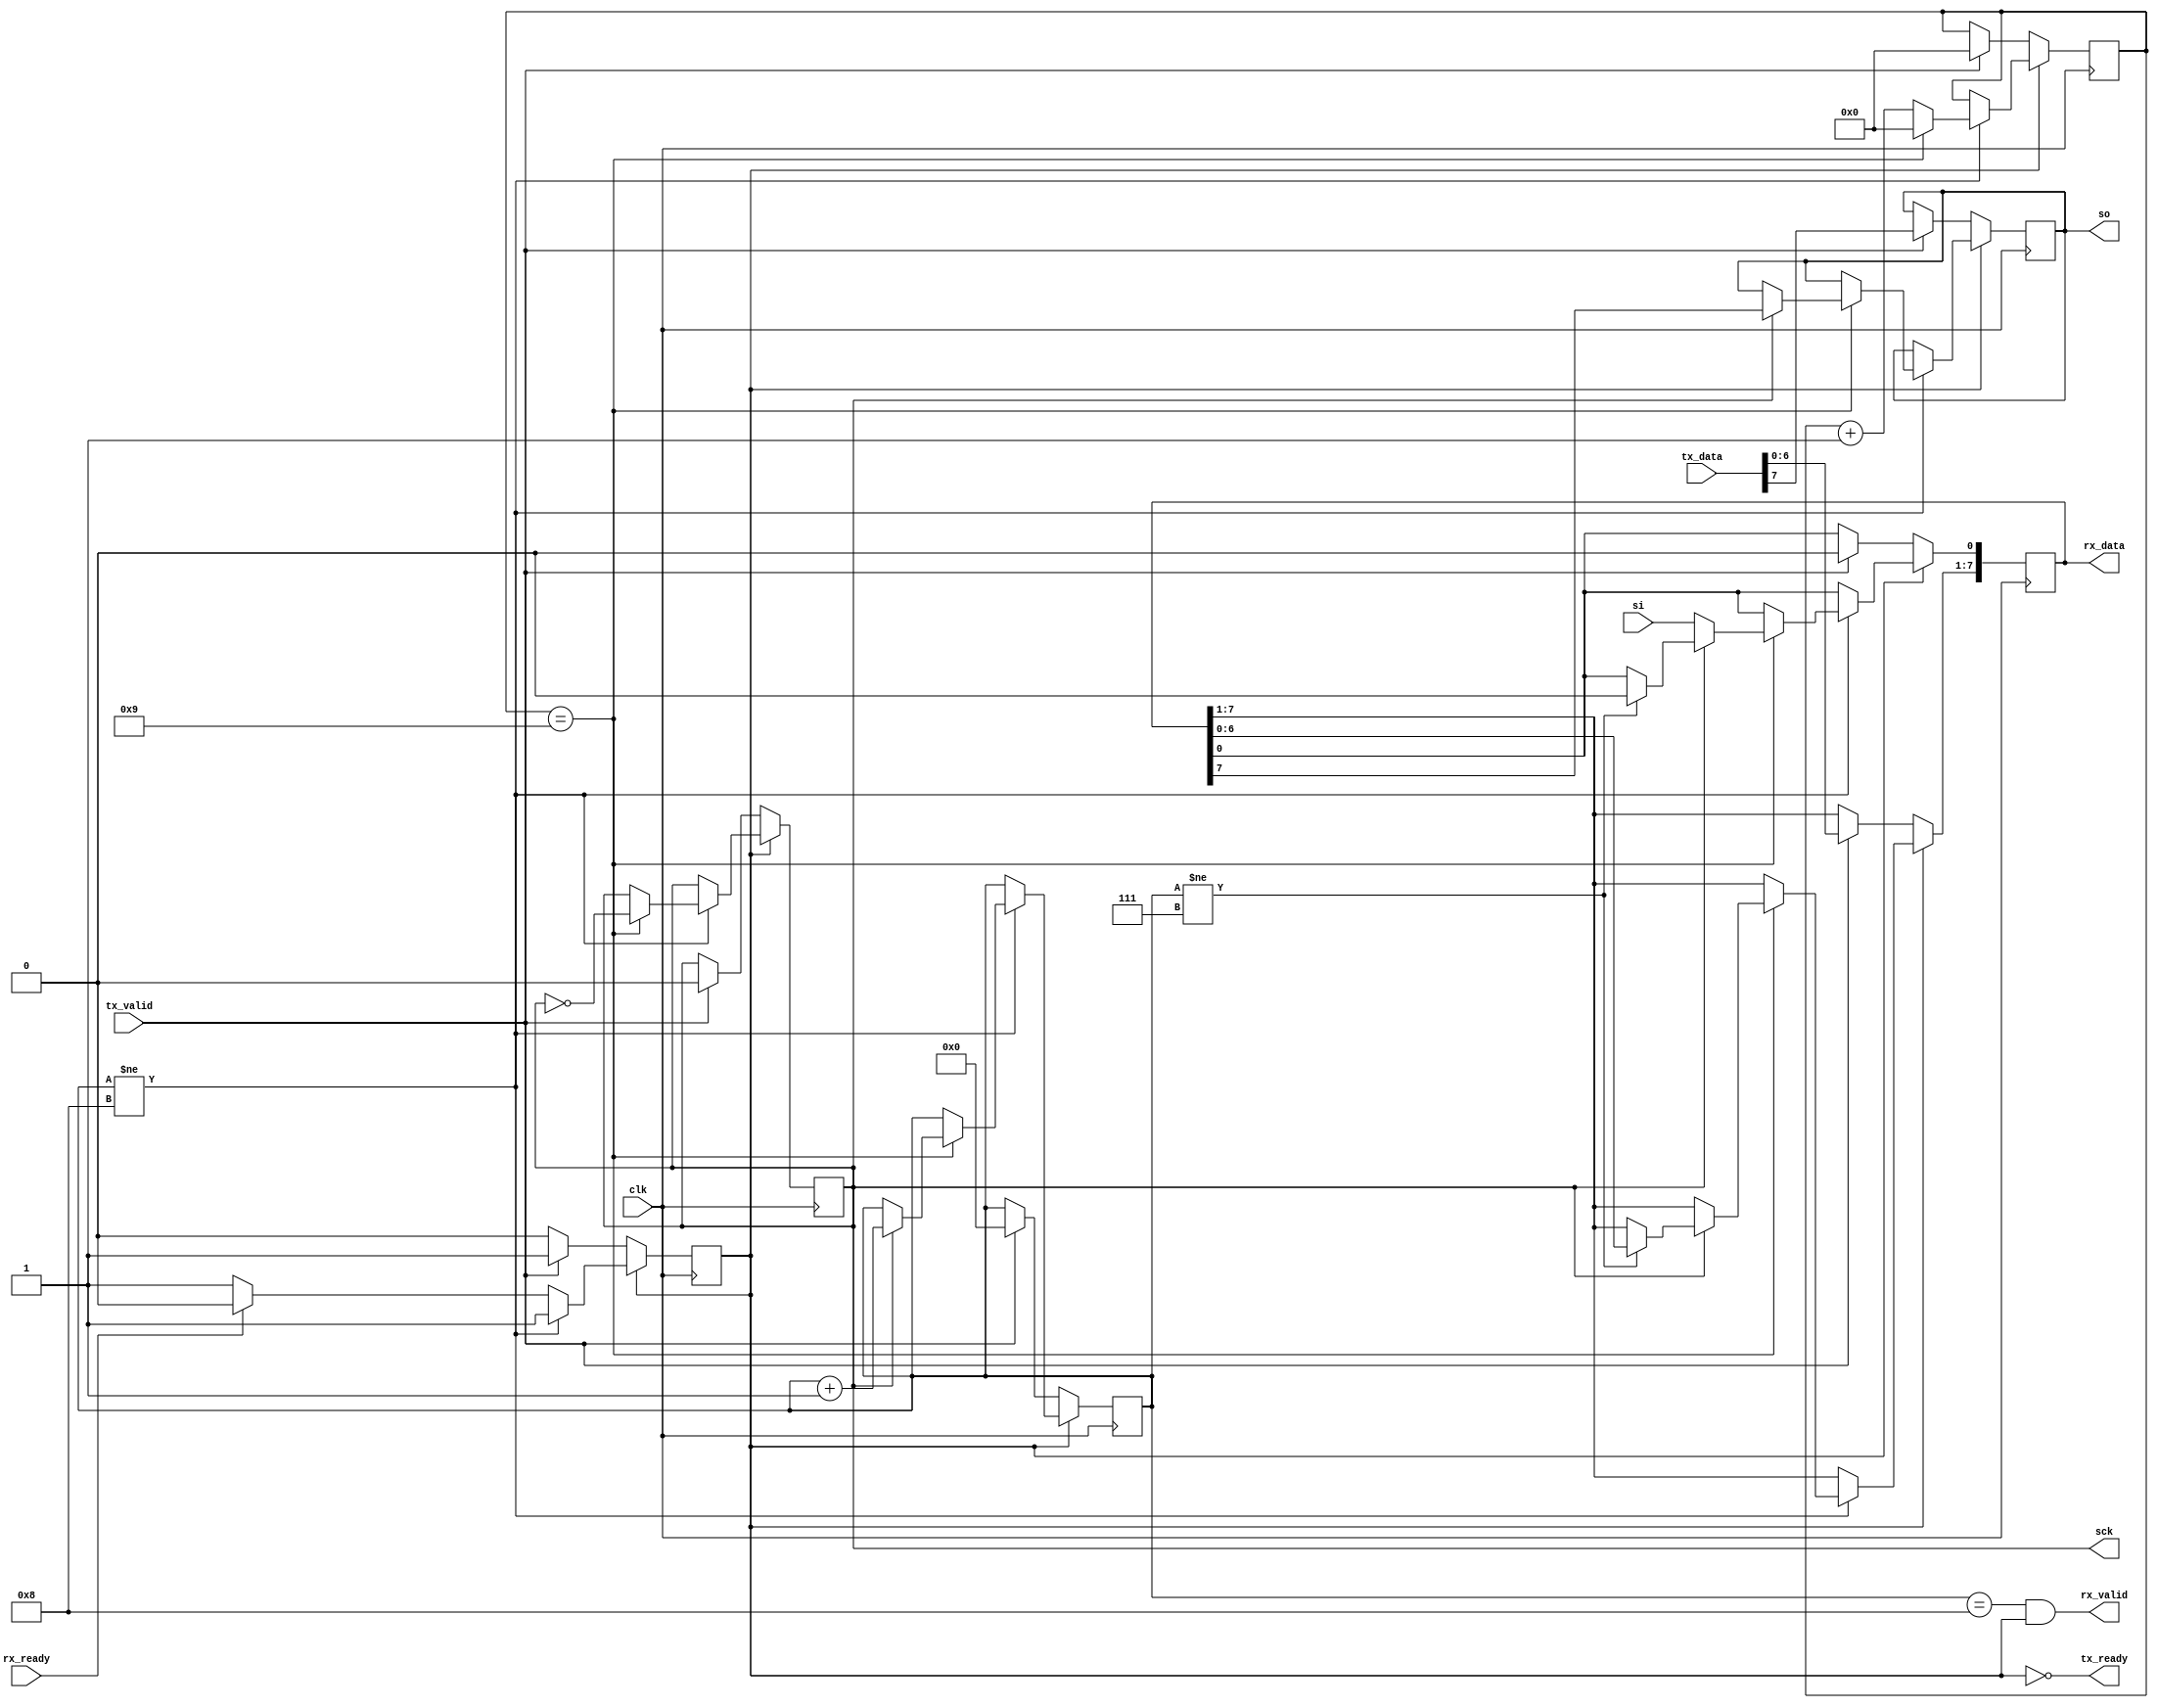
module spi #(
    parameter HALF_PERIOD = 10
) (
    input clk,

    output sck,
    output reg so,
    input si,

    input tx_valid,
    input [7:0] tx_data,
    output tx_ready,

    output rx_valid,
    output [7:0] rx_data,
    input rx_ready
);

  reg transfering = 0;
  reg [7:0] shift_register = 0;
  reg [3:0] bit_counter = 0;
  reg [$clog2(3*HALF_PERIOD):0] clock_divider;
  reg phase = 0;

  // Missing: Bit counter and stop. Also need to check bit direction

  initial so = 0;

  always @(posedge clk) begin
    if (!transfering) begin
      if (tx_valid) begin
        transfering <= 1;
        shift_register <= {tx_data[6:0], 1'b0};
        clock_divider <= 0;
        bit_counter <= 0;
        phase <= 0;
        so <= tx_data[7];
      end
    end else begin
      if (bit_counter != 8) begin
        clock_divider <= clock_divider + 1;
        if (clock_divider == HALF_PERIOD-1) begin
          clock_divider <= 0;
          phase <= ~phase;

          if (phase) begin
            if (bit_counter != 7)
              shift_register <= {shift_register[6:0], 1'b0};
            bit_counter <= bit_counter + 1;
            so <= shift_register[7];
          end else begin
            shift_register[0] <= si;
          end
        end 
      end else begin
        if (rx_ready) transfering <= 0;
      end
    end
  end

  assign tx_ready = ~transfering;
  //assign so = transfering?shift_register[7]:0;
  assign sck = phase;

  assign rx_valid = (bit_counter == 8) && transfering;
  assign rx_data = shift_register;
endmodule